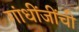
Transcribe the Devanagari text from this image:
गांधींजींची